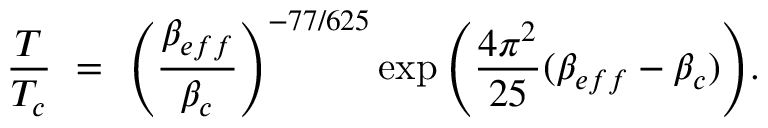
{ \frac { T } { T _ { c } } } ~ = ~ { \left( \frac { { \beta } _ { e f f } } { \beta _ { c } } \right) } ^ { - 7 7 / 6 2 5 } \exp { \left( { \frac { 4 \pi ^ { 2 } } { 2 5 } } ( \beta _ { e f f } - \beta _ { c } ) \right) } .